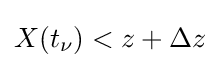
X(t_{\nu })<z+\Delta z